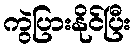
ကွဲပြားနိုင်ပြီး